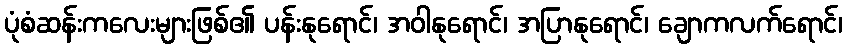
ပုံစံဆန်းကလေးများဖြစ်၏ ပန်းနုရောင်၊ အဝါနုရောင်၊ အပြာနုရောင်၊ ချောကလက်ရောင်၊